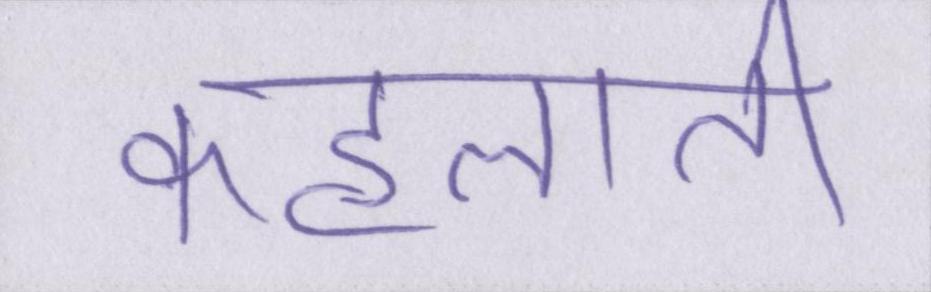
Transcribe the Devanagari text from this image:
कहलाती